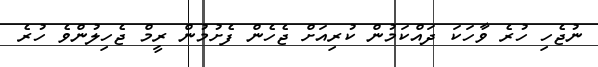
ނުޖެހި ހުރެ ވާހަކަ ދައްކަމުން ކުރިއަށް ޖެހެން ފެށުމުން ރީމް ޖެހިލުންވެ ހުރެ